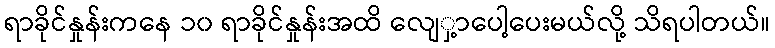
ရာခိုင်နှုန်းကနေ ၁၀ ရာခိုင်နှုန်းအထိ လျေှ့ာပေါ့ပေးမယ်လို့ သိရပါတယ်။